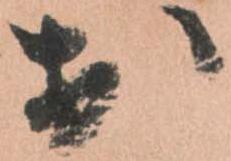
於